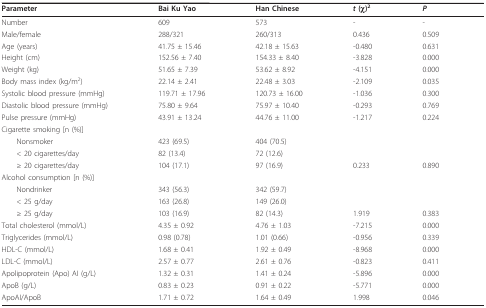
<table><thead><tr><td><b>Parameter</b></td><td><b>Bai Ku Yao</b></td><td><b>Han Chinese</b></td><td><b><i>t </i>(χ)<sup>2</sup></b></td><td><b><i>P</i></b></td></tr></thead><tbody><tr><td>Number</td><td>609</td><td>573</td><td>-</td><td>-</td></tr><tr><td>Male/female</td><td>288/321</td><td>260/313</td><td>0.436</td><td>0.509</td></tr><tr><td>Age (years)</td><td>41.75 ± 15.46</td><td>42.18 ± 15.63</td><td>-0.480</td><td>0.631</td></tr><tr><td>Height (cm)</td><td>152.56 ± 7.40</td><td>154.33 ± 8.40</td><td>-3.828</td><td>0.000</td></tr><tr><td>Weight (kg)</td><td>51.65 ± 7.39</td><td>53.62 ± 8.92</td><td>-4.151</td><td>0.000</td></tr><tr><td>Body mass index (kg/m<sup>2</sup>)</td><td>22.14 ± 2.41</td><td>22.48 ± 3.03</td><td>-2.109</td><td>0.035</td></tr><tr><td>Systolic blood pressure (mmHg)</td><td>119.71 ± 17.96</td><td>120.73 ± 16.00</td><td>-1.036</td><td>0.300</td></tr><tr><td>Diastolic blood pressure (mmHg)</td><td>75.80 ± 9.64</td><td>75.97 ± 10.40</td><td>-0.293</td><td>0.769</td></tr><tr><td>Pulse pressure (mmHg)</td><td>43.91 ± 13.24</td><td>44.76 ± 11.00</td><td>-1.217</td><td>0.224</td></tr><tr><td>Cigarette smoking [n (%)]</td><td></td><td></td><td></td><td></td></tr><tr><td> Nonsmoker</td><td>423 (69.5)</td><td>404 (70.5)</td><td></td><td></td></tr><tr><td> &lt; 20 cigarettes/day</td><td>82 (13.4)</td><td>72 (12.6)</td><td></td><td></td></tr><tr><td> ≥ 20 cigarettes/day</td><td>104 (17.1)</td><td>97 (16.9)</td><td>0.233</td><td>0.890</td></tr><tr><td>Alcohol consumption [n (%)]</td><td></td><td></td><td></td><td></td></tr><tr><td> Nondrinker</td><td>343 (56.3)</td><td>342 (59.7)</td><td></td><td></td></tr><tr><td> &lt; 25 g/day</td><td>163 (26.8)</td><td>149 (26.0)</td><td></td><td></td></tr><tr><td> ≥ 25 g/day</td><td>103 (16.9)</td><td>82 (14.3)</td><td>1.919</td><td>0.383</td></tr><tr><td>Total cholesterol (mmol/L)</td><td>4.35 ± 0.92</td><td>4.76 ± 1.03</td><td>-7.215</td><td>0.000</td></tr><tr><td>Triglycerides (mmol/L)</td><td>0.98 (0.78)</td><td>1.01 (0.66)</td><td>-0.956</td><td>0.339</td></tr><tr><td>HDL-C (mmol/L)</td><td>1.68 ± 0.41</td><td>1.92 ± 0.49</td><td>-8.968</td><td>0.000</td></tr><tr><td>LDL-C (mmol/L)</td><td>2.57 ± 0.77</td><td>2.61 ± 0.76</td><td>-0.823</td><td>0.411</td></tr><tr><td>Apolipoprotein (Apo) AI (g/L)</td><td>1.32 ± 0.31</td><td>1.41 ± 0.24</td><td>-5.896</td><td>0.000</td></tr><tr><td>ApoB (g/L)</td><td>0.83 ± 0.23</td><td>0.91 ± 0.22</td><td>-5.771</td><td>0.000</td></tr><tr><td>ApoAI/ApoB</td><td>1.71 ± 0.72</td><td>1.64 ± 0.49</td><td>1.998</td><td>0.046</td></tr></tbody></table>